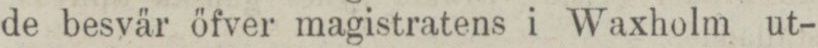
de besvär öfver magistratens i Waxholm ut-